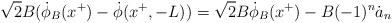
LaTeX: \begin{align*}\sqrt{2}B(\dot \phi_B(x^+)-\dot \phi(x^+,-L))= \sqrt{2}B\dot \phi_B(x^+) - B (-1)^n \dot a_n\end{align*}